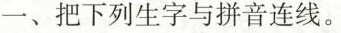
一、把下列生字与拼音连线。